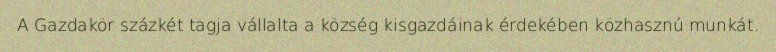
A Gazdakör százkét tagja vállalta a község kisgazdáinak érdekében közhasznú munkát.